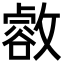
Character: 𢿶